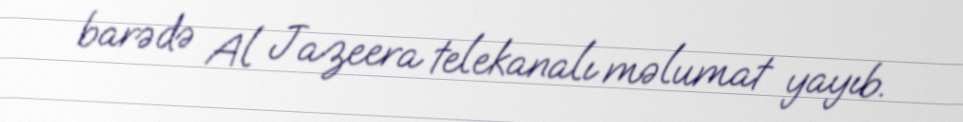
barədə Al Jazeera telekanalı məlumat yayıb.